Vaccination in Bombay 1889-1901 - 1889-1901
Year: 1889
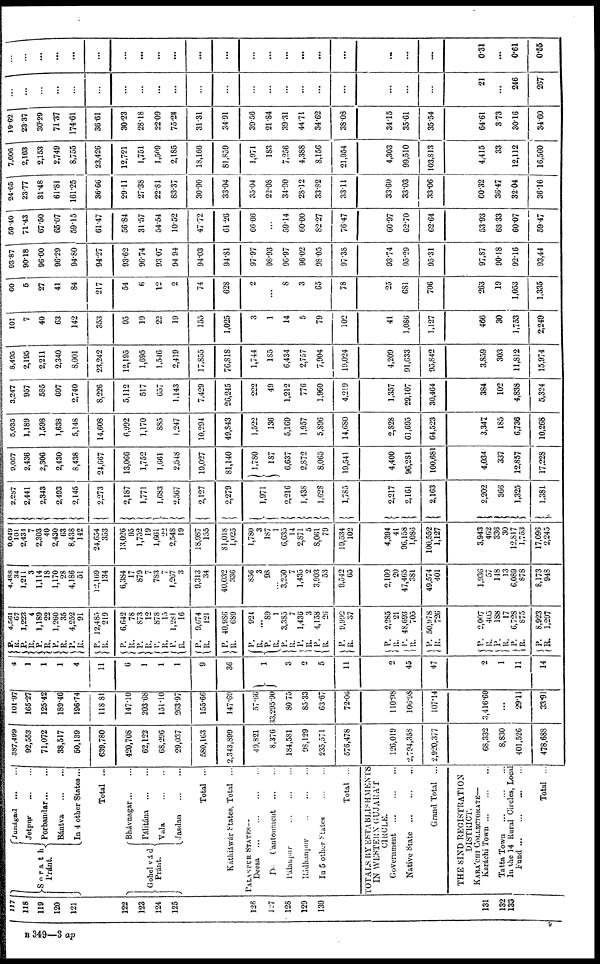
117
118
119
120
121
122
123
124
125
126
127
128
129
130
131
132
133
Sorath
Pránt.
Junágad ... ...
Jetpur
... ...
Porbandar
...
...
Bántva
...
...
In 4 other States...
Total
...
Gohel vád
Pránt.
Bhávnagar
...
...
Pálitána
...
...
Vala
...
...
Jasdan
...
...
Total ...
Káthiáwár States, Total ...
PALANPUR STATES—
Deesa
...
...
...
...
Do. Cantonment ... ...
Pálanpur ... ... ...
Rádhanpur ... ... ...
In 5 other States
...
...
Total ...
TOTALS BY ESTABLISHMENTS
IN WESTERN GUJARÁT
CIRCLE.
Government
...
...
...
Native State
...
...
...
Grand Total ...
THE SIND REGISTRATION
DISTRICT.
KARÁCHI COOLECTORATE—
Karáchi Town
...
...
...
Tatta Town
...
...
...
In the 14 Rural Circles, Local
Fund
...
...
...
...
Total ...
337,499
92,553
71,072
38,517
50,139
639,780
420,708
62,122
68,296
29,037
580,163
2,343,899
49,821
8,376
184,581
98,129
235,571
576,478
126,019
2,794,358
2,920,377
68,332
8,830
401,526
478,688
101.97
165.27
125.42
189.46
196.74
118.81
147.10
203.68
151.10
263.97
155.66
147.69
57.66
33,295.90
80.75
85.33
63.67
72.06
110.98
106.98
107.14
3,416.60
...
29.11
33.91
4
1
1
1
4
11
6
1
1
1
9
36
1
3
2
5
11
2
45
47
2
1
11
14
P.
R.
P.
R.
P.
R.
P. R.
P.
R.
P.
R.
P.
R.
P.
R.
P.
R.
P.
R.
P.
R.
P.
R.
P.
R. P.
R. P.
R.
P.
R.
P.
R.
P.
R.
P. R.
p.
R.
P.
R.
P.
R.
P.
R. P.
R.
P.
R.
4,561
67
1,223
4
1,189
22
1,260
35
4,252
91
12,485
219
6,642
78
873
12
878
15
1,281
16
9,674
121
40,986
689
924
...
89
1
3,385
7
1,436
3
4,158
26
9,992
37
2,285
21
48,693
705
50,978
726
2,007
405
188
17
6,728
875
8,923
1,297
4,488
34
1,211
3
1,114
18
1,170
28
4,186
51
12,169
134
6,384
17
879
7
783
7
1,267
3
9,313
34
40,032
336
856
3
98
...
3,250
7
1,435
2
3,903
53
9,542
65
2,109
20
47,465
381
49,574
401
1,936
57
148
13
6,089
878
8,173
948
9,049
101
2,434
7
2,303
40
2,430
63
8,438
142
24,654
353
13,026
95
1,752
19
1,661
22
2,548
19
18,987
155
81,018
1,025
1,780
3
187
1
6,635
14
2,871
5
8,06l
79
19,534
102
4,394
41
96,158
1,086
100,552
1,127
3,943
462
336
30
12,817
1,753
17,096
2,245
2,287
2,441
2,343
2,493
2,145
2,273
2,187
1,771
1,683
2,567
2,127
2,279
1,971
2,216
1,438
1,628
1,785
2,217
2,161
2,163
2,202
366
1,325
1,381
9,057
2,436
2,306
2,430
8,438
24,667
13,066
1,752
1,661
2,548
19,027
81,140
1,780
187
6,637
2,872
8,065
19,541
4,400
96,2S1
100,681
4,034
337
12,857
17,228
5,035
1,189
1,598
1,638
5,148
14,608
6,992
1,170
885
1,247
10,294
49,843
1,522
136
5,169
1,957
5,896
14,680
2,828
61,695
64,523
3,347
185
6,736
10,268
3,247
957
585
697
2,740
8,226
5,112
517
657
1,143
7,429
26,245
222
49
1,212
776
1,960
4,219
1,357
29,107
30,464
384
102
4,838
5,324
8,495
2,195
2,211
2,340
8,001
23,242
12,195
1,695
1,546
2,419
17,855
76,818
1,744
185
6,434
2,757
7,904
19,024
4,209
91,633
95,842
3,859
303
11,812
15,974
101
7
40
63
142
353
95
19
22
19
155
1,025
3
1
14
5
79
102
41
1,086
1,127
466
30
1,753
2,249
60
5
27
41
84
217
54
6
12
2
74
628
2
...
8
3
65
78
25
681
706
263
19
1,053
1,335
93.87
90.18
96.00
96.29
94.80
94.27
93.62
96.74
93.07
94.94
94.03
94.81
97.97
98.93
96.97
96.02
98.05
97.38
93.74
95.29
95.31
97,87
90.18
92.16
93,44
59.40
71.43
67.50
65.07
59.15
61.47
56.84
31.57
54.54
10.52
47.72
61.26
66.66
...
59.14
60.00
82.27
76.47
60.97
62.70
62.64
53.93
63.33
60.07
59.47
24.65
23.77
31.48
61.81
161.25
36.66
29.11
27.38
22.81
83.37
30.90
33.04
35.04
22.08
34.90
28.12
33.82
33.11
33.60
33.03
33.06
60.32
36.47
32.04
36.16
7,606
2,163
2,153
2,749
8,755
23,426
12,721
1,751
1,509
2,185
18,166
81,859
1,971
183
7,256
4,388
8,156
21,954
4,303
99,510
103,813
4,415
33
12,112
16,560
19.62
23.37
30.29
71.37
174.61
36.61
30.23
28.18
22.09
75.24
31.31
34.91
39.56
21.84
39.31
44.71
34.62
38.08
34.15
35.61
35.54
64.61
3.73
30.16
34.60
...
...
...
...
...
...
...
...
...
...
...
...
...
...
...
...
...
...
...
...
...
21
...
246
267
...
...
...
...
...
...
...
...
...
...
...
...
...
...
...
...
...
...
...
...
...
0.31
...
0.61
0.55
B 349—3 ap
9